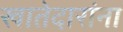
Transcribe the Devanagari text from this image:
खातेदारांना